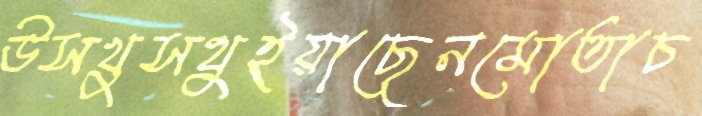
উসখুসথুইয়াছেনমোতাচ